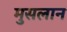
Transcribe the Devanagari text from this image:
मुसलान